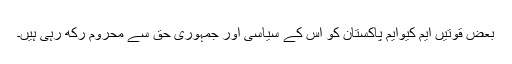
بعض قوتیں ایم کیوایم پاکستان کو اس کے سیاسی اور جمہوری حق سے محروم رکھ رہی ہیں۔